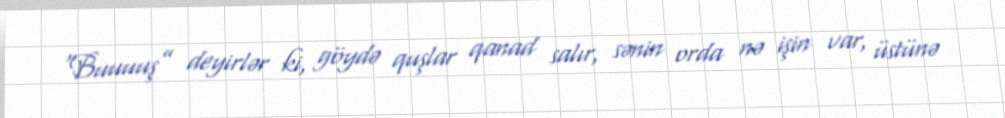
“Buuuuş” deyirlər ki, göydə quşlar qanad salır, sənin orda nə işin var, üstünə